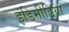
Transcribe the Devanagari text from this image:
इंडिमीडिया